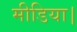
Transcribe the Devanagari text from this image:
मीडिया।